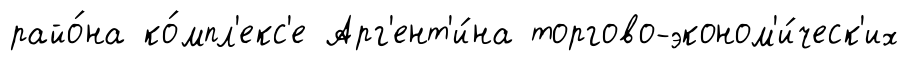
райо́на ко́мпл'екс'е Арг'ент'и́на торгово-эконом'и́ческ'их